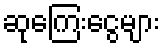
ဆုကြေးငွေများ